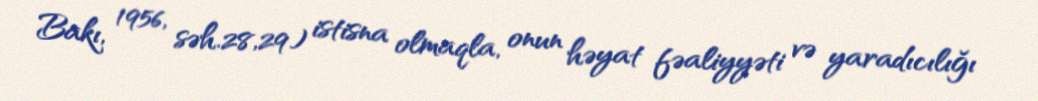
Bakı, 1956, səh.28,29) istisna olmaqla, onun həyat fəaliyyəti və yaradıcılığı